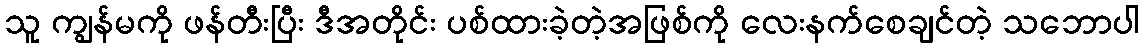
သူ ကျွန်မကို ဖန်တီးပြီး ဒီအတိုင်း ပစ်ထားခဲ့တဲ့အဖြစ်ကို လေးနက်စေချင်တဲ့ သဘောပါ